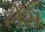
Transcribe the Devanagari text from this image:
लेँस